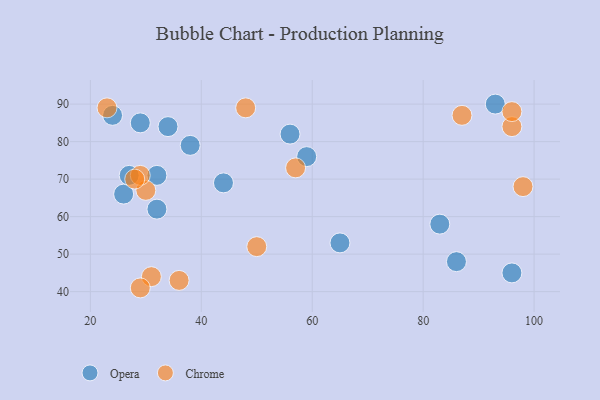
{"axis": {"x": "GDP", "y": "Life Expectancy"}, "legend": ["Chrome", "Opera"], "data": [{"x": "32", "y": 62, "type": "Opera"}, {"x": "34", "y": 84, "type": "Opera"}, {"x": "32", "y": 71, "type": "Opera"}, {"x": "96", "y": 45, "type": "Opera"}, {"x": "59", "y": 76, "type": "Opera"}, {"x": "44", "y": 69, "type": "Opera"}, {"x": "24", "y": 87, "type": "Opera"}, {"x": "65", "y": 53, "type": "Opera"}, {"x": "29", "y": 85, "type": "Opera"}, {"x": "38", "y": 79, "type": "Opera"}, {"x": "26", "y": 66, "type": "Opera"}, {"x": "86", "y": 48, "type": "Opera"}, {"x": "93", "y": 90, "type": "Opera"}, {"x": "56", "y": 82, "type": "Opera"}, {"x": "27", "y": 71, "type": "Opera"}, {"x": "83", "y": 58, "type": "Opera"}, {"x": "30", "y": 67, "type": "Chrome"}, {"x": "57", "y": 73, "type": "Chrome"}, {"x": "36", "y": 43, "type": "Chrome"}, {"x": "23", "y": 89, "type": "Chrome"}, {"x": "98", "y": 68, "type": "Chrome"}, {"x": "31", "y": 44, "type": "Chrome"}, {"x": "29", "y": 71, "type": "Chrome"}, {"x": "87", "y": 87, "type": "Chrome"}, {"x": "96", "y": 84, "type": "Chrome"}, {"x": "48", "y": 89, "type": "Chrome"}, {"x": "29", "y": 41, "type": "Chrome"}, {"x": "96", "y": 88, "type": "Chrome"}, {"x": "50", "y": 52, "type": "Chrome"}, {"x": "28", "y": 70, "type": "Chrome"}]}